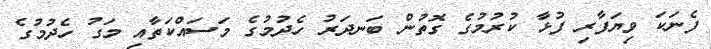
ފެނަކަ ވިޔަފާރި ފުޅާ ކުރުމުގެ ގޮތުން ބަނދަރު ހެދުމުގެ މަސައްކަތާއި މަގު ހެދުމުގެ